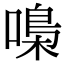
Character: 嘄